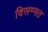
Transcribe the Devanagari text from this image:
विसम्मत